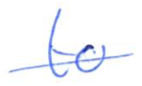
Text: to
Cross-out: single-line
Writing tool: ballpoint